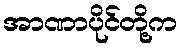
အာဏာပိုင်တို့က